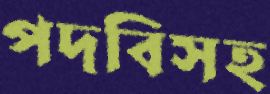
পদবিসহ